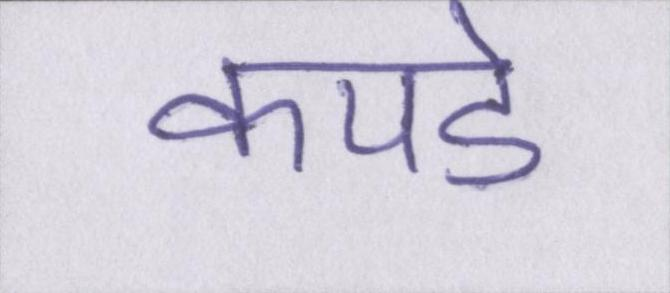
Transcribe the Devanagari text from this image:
कपडे